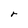
Character: r